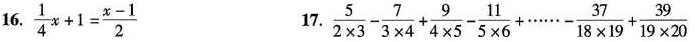
16.$$\frac { 1 } { 4 } x + 1 = \frac { x - 1 } { 2 }$$17. $$\frac { 5 } { 2 \times 3 } - \frac { 7 } { 3 \times 4 } + \frac { 9 } { 4 \times 5 } - \frac { 1 1 } { 5 \times 6 } + …… - \frac { 3 7 } { 1 8 \times 1 9 } + \frac { 3 9 } { 1 9 \times 2 0 }$$